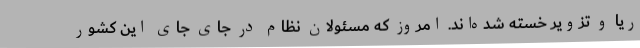
ریا و تزویر خسته شده‌اند. امروز که مسئولان نظام در جای جای این کشور